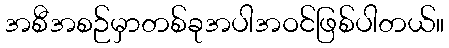
အစီအစဉ်မှာတစ်ခုအပါအဝင်ဖြစ်ပါတယ်။